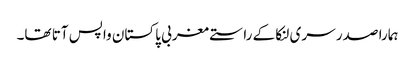
ہمارا صدر سری لنکا کے راستے مغربی پاکستان واپس آتا تھا۔